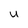
Character: u